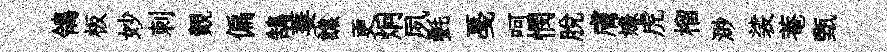
鴒板妙刺覿偏鵠萋譙更炯夙㲲戞呵憫脫膚嫌虎榴渺裟菴甄